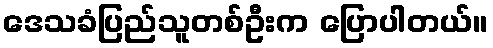
ဒေသခံပြည်သူတစ်ဦးက ပြောပါတယ်။